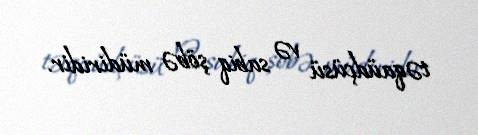
təqaüdçüsü və sabiq şöbə müdiridir.